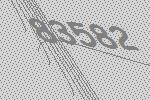
83582